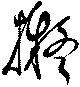
擬